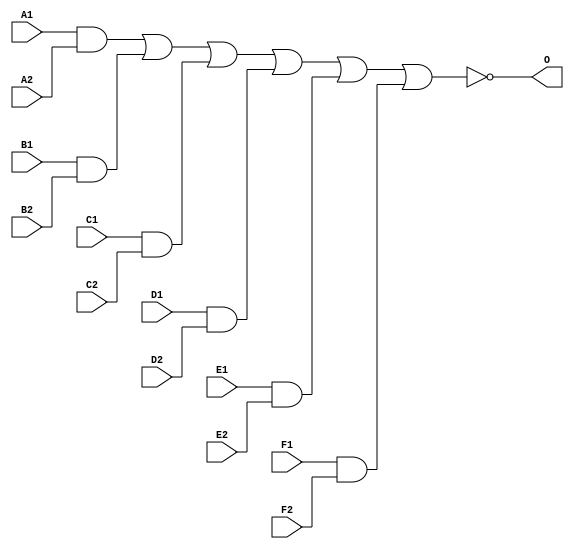
module MJD2X6A(A1, A2, B1, B2, C1, C2, D1, D2, E1, E2, F1, 
        F2, O);
input   A1;
input   A2;
input   B1;
input   B2;
input   C1;
input   C2;
input   D1;
input   D2;
input   E1;
input   E2;
input   F1;
input   F2;
output  O;
and g0(w0, A1, A2);
and g1(w3, B1, B2);
and g2(w6, C1, C2);
and g3(w9, D1, D2);
and g4(w12, E1, E2);
and g5(w15, F1, F2);
nor g6(O, w0, w3, w6, w9, w12, w15);
endmodule